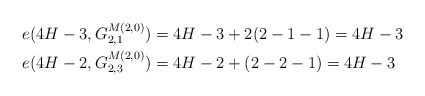
\begin{align*} e(4H-3,G^{M(2,0)}_{2,1}) &=4H-3+2(2-1-1)=4H-3\\ e(4H-2,G^{M(2,0)}_{2,3}) &=4H-2+(2-2-1)=4H-3\end{align*}